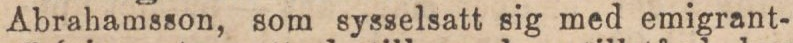
Abrahamsson, som sysselsatt sig med emigrant-